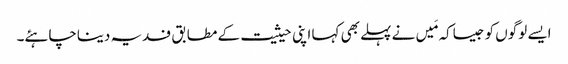
ایسے لوگوں کو جیساکہ مَیں نے پہلے بھی کہا اپنی حیثیت کے مطابق فدیہ دیناچاہئے۔